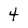
Character: 4